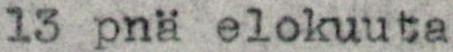
13 pnä elokuuta